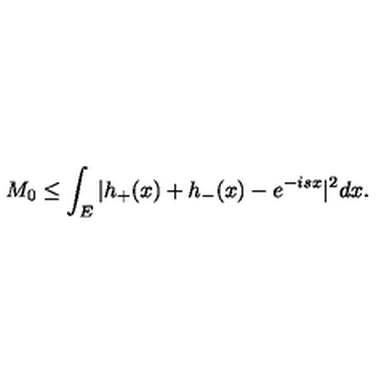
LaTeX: M _ { 0 } \leq \int _ { E } | h _ { + } ( x ) + h _ { - } ( x ) - e ^ { - i s x } | ^ { 2 } d x .